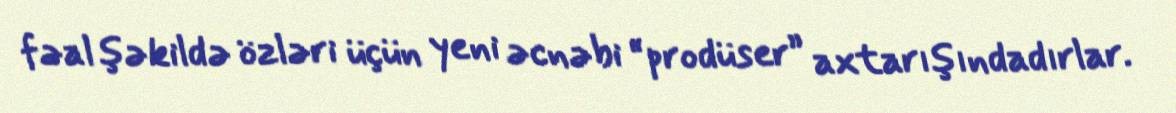
fəal şəkildə özləri üçün yeni əcnəbi “prodüser” axtarışındadırlar.